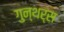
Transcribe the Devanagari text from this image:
गुन्थर्स